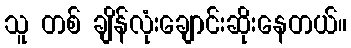
သူ တစ် ချိန်လုံးချောင်းဆိုးနေတယ်။